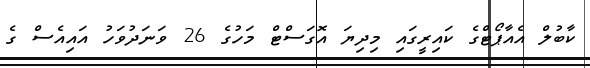
ކާބުލް އެއާޕޯޓްގެ ކައިރީގައި މިދިޔަ އޮގަސްޓް މަހުގެ 26 ވަނަދުވަހު އައިއެސް ގެ